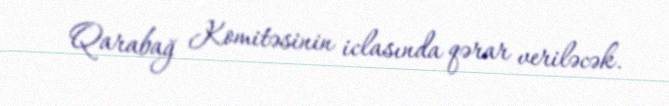
Qarabağ Komitəsinin iclasında qərar veriləcək.